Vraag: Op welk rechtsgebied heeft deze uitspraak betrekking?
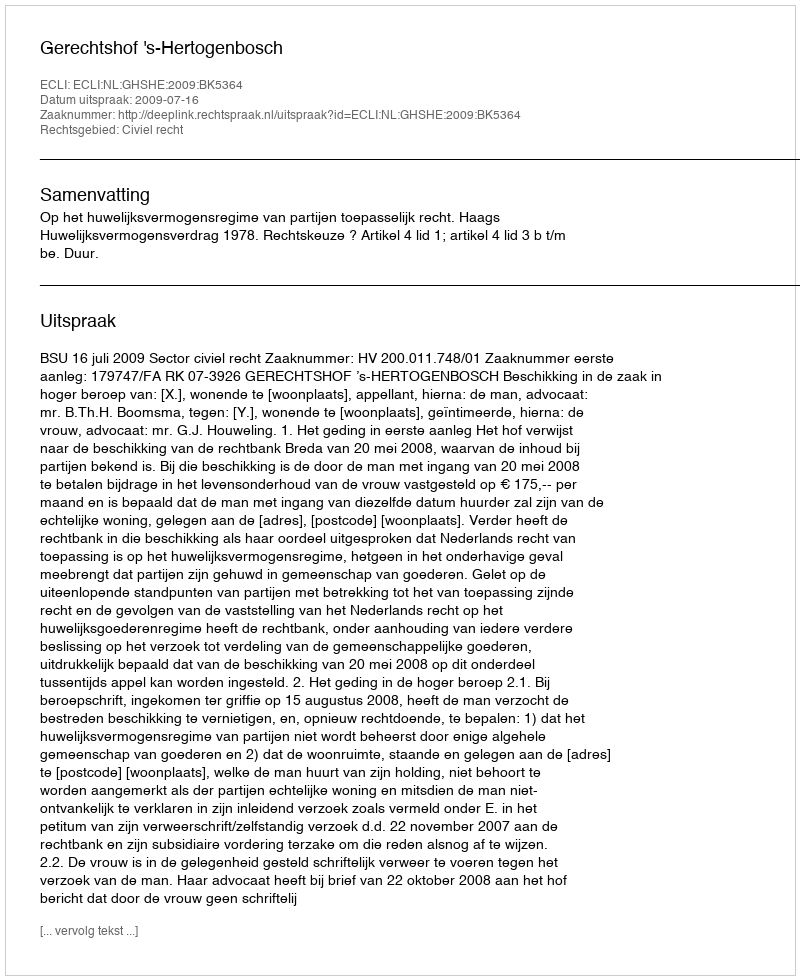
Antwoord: Civiel recht